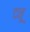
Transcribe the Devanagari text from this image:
दनू